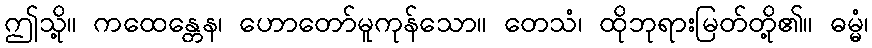
ဤသို့။ ကထေန္တေန၊ ဟောတော်မူကုန်သော။ တေသံ၊ ထိုဘုရားမြတ်တို့၏။ ဓမ္မံ၊